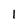
Character: 1